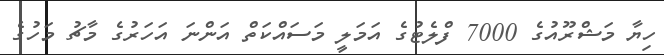
ހިޔާ މަޝްރޫއުގެ 7000 ފްލެޓުގެ އަމަލީ މަސައްކަތް އަންނަ އަހަރުގެ މާޗު މަހުގެ